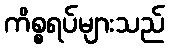
ကိစ္စရပ်များသည်